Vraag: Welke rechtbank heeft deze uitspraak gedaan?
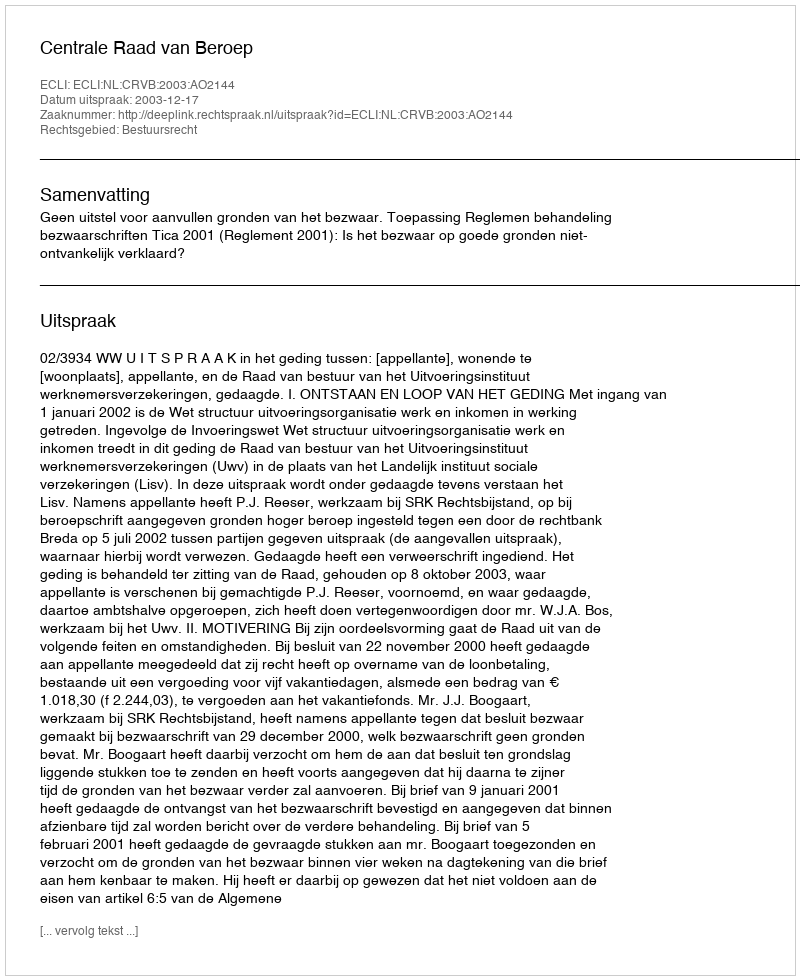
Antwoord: Centrale Raad van Beroep